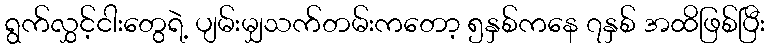
ရွက်လွှင့်ငါးတွေရဲ့ ပျမ်းမျှသက်တမ်းကတော့ ၅နှစ်ကနေ ၇နှစ် အထိဖြစ်ပြီး